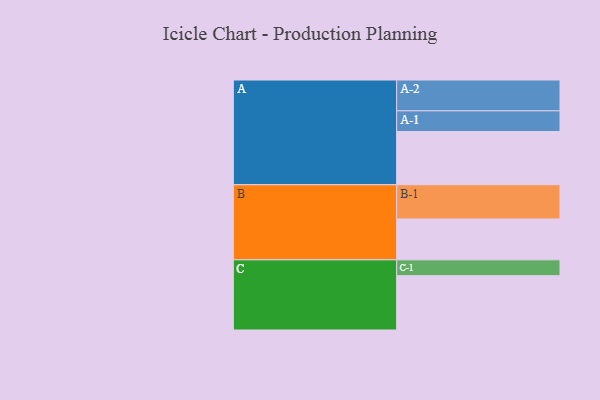
{"axis": {"x": "Segment", "y": "Value"}, "legend": ["", "A", "B", "C"], "data": [{"x": "A", "y": 457, "type": ""}, {"x": "B", "y": 351, "type": ""}, {"x": "C", "y": 467, "type": ""}, {"x": "A-1", "y": 178, "type": "A"}, {"x": "A-2", "y": 265, "type": "A"}, {"x": "B-1", "y": 294, "type": "B"}, {"x": "C-1", "y": 136, "type": "C"}]}